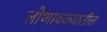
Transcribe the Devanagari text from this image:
लोणावळ्यातील